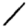
Digit: 1